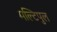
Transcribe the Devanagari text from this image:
मल्टिपुल